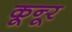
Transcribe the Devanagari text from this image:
कून्‍ूर